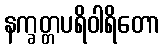
နက္ခတ္တပရိဝါရိတော